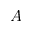
A